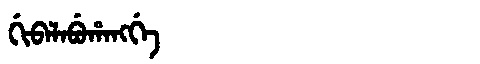
Manchu: ᡤᡳᠪᠠᠯᠠᠪᡠᡥᠠᠩᡤᡝ
Romanization: GIBALABUHANGGE